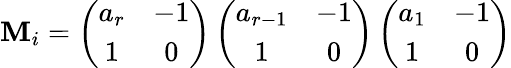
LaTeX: \mathbf{M}_{i}=\left(\begin{array}{cc}{{a_{r}}}&{{-1}}\\ {{1}}&{{0}}\end{array}\right)\left(\begin{array}{cc}{{a_{r-1}}}&{{-1}}\\ {{1}}&{{0}}\end{array}\right)\left(\begin{array}{cc}{{a_{1}}}&{{-1}}\\ {{1}}&{{0}}\end{array}\right)